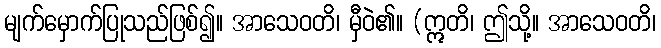
မျက်မှောက်ပြုသည်ဖြစ်၍။ အာသေဝတိ၊ မှီဝဲ၏။ (ဣတိ၊ ဤသို့။ အာသေဝတိ၊